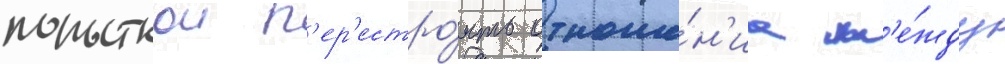
попыткои п'ер'естро́ить отноше́н'иа м'е́жду